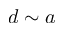
d \sim a